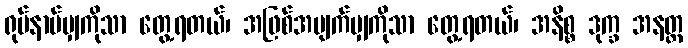
ရုပ်နာမ်မျှကိုသာ တွေ့ရတယ်၊ အဖြစ်အပျက်မျှကိုသာ တွေ့ရတယ်၊ အနိစ္စ ဒုက္ခ အနတ္တ